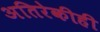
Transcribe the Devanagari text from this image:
अतिरेकीही